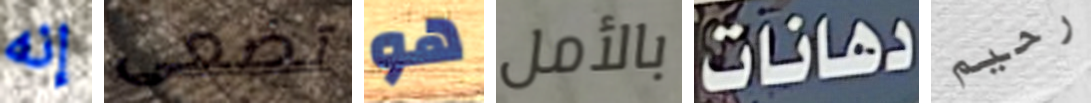
إنه تضعى هو بالأمل دهانات رحيم